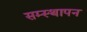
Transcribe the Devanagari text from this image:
सम्स्थापन